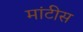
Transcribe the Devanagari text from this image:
मांटीस